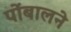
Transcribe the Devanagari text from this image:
पोंबालने